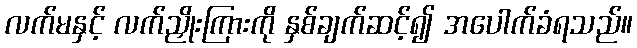
လက်မနှင့် လက်ညှိုးကြားကို နှစ်ချက်ဆင့်၍ အပေါက်ခံရသည်။